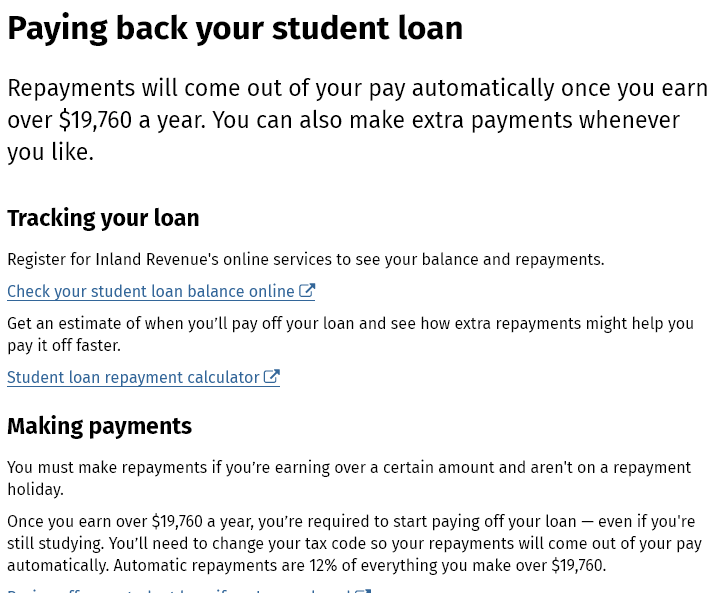
Paying    back    your    student    loan
  Repayments   will   come   out  of your  pay  automatically    once  you  earn
  over $19,760  a year.  You  can  also  make   extra payments    whenever
  you  like.
  Tracking  your  loan
  Register for Inland Revenue's online services to see your balance and repayments.
  Making   payments
  You must make repayments if you're earning over a certain amount and aren't on a repayment
  holiday.
  Once you earn over $19,760 a year, you're required to start paying off your loan
     —
     even if you're
  still studying. You'll need to change your tax code so your repayments will come out of your pay
  automatically. Automatic repayments are 12% of everything you make over $19,760.
  Get an estimate of when you'll pay off your loan and see how extra repayments might help you
  pay it off faster.
  Student loan repayment calculator @
  Check your student loan balance online @ it